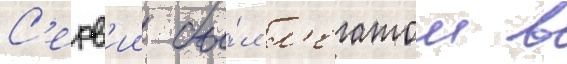
С'ерв'ии бы́л л'егатом в